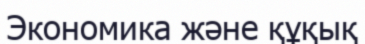
Экономика және құқық